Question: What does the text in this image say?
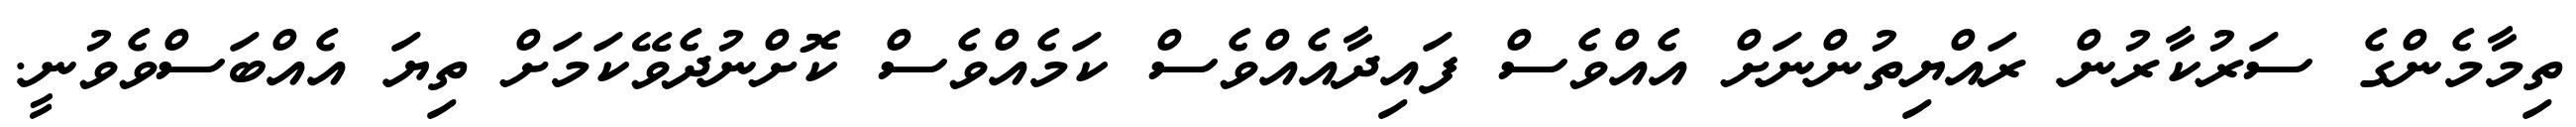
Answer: ތިމާމެންގެ ސަރުކާރުން ރައްޔިތުންނަށް އެއްވެސް ފައިދާއެއްވެސް ކަމެއްވެސް ކޮށްނުދެވޭކަމަށް ތިޔަ އެއްބަސްވެވުނީ.